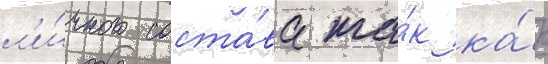
л'и́чного соста́ва та́к ка́к